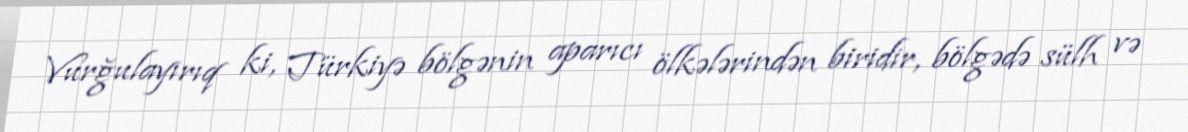
Vurğulayırıq ki, Türkiyə bölgənin aparıcı ölkələrindən biridir, bölgədə sülh və